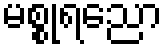
မစ္စုရညော